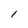
Character: l